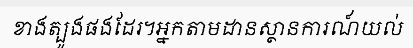
ខាងត្បូងផងដែរ។អ្នកតាមដានស្ថានការណ៍យល់